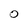
Character: O